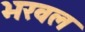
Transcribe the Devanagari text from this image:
भरवल